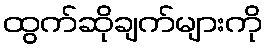
ထွက်ဆိုချက်များကို